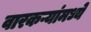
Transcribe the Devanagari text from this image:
वारकऱ्यांमध्ये